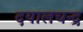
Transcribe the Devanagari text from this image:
दयालचन्द्र